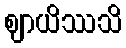
ဈာယိဿသိ